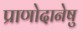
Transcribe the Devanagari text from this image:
प्राणोदानेषु